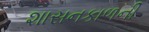
શાસનકાળની